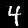
Digit: 4